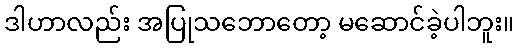
ဒါဟာလည်း အပြုသဘောတော့ မဆောင်ခဲ့ပါဘူး။